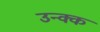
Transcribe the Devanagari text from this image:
उन्क्क